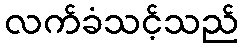
လက်ခံသင့်သည်